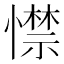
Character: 㦗